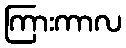
ကြားကာလ